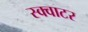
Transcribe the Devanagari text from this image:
स्क्वाटर